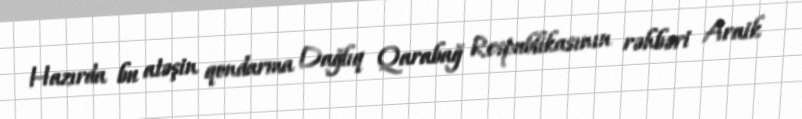
Hazırda bu atəşin qondarma Dağlıq Qarabağ Respublikasının rəhbəri Araik